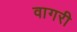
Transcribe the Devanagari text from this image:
वागरी